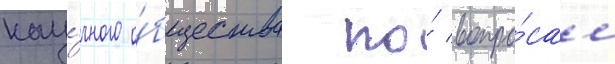
нау́чного о́бщества по́ вопро́сам